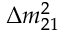
\Delta m _ { 2 1 } ^ { 2 }